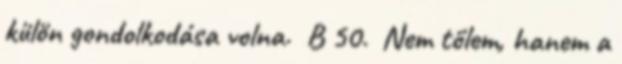
külön gondolkodása volna. B 50. Nem tőlem, hanem a